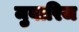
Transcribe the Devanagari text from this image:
मुबारिज